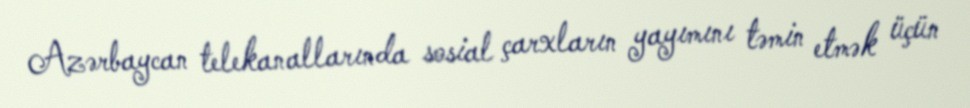
Azərbaycan telekanallarında sosial çarxların yayımını təmin etmək üçün